Leningradi_Edasi_toimetus, lk 176
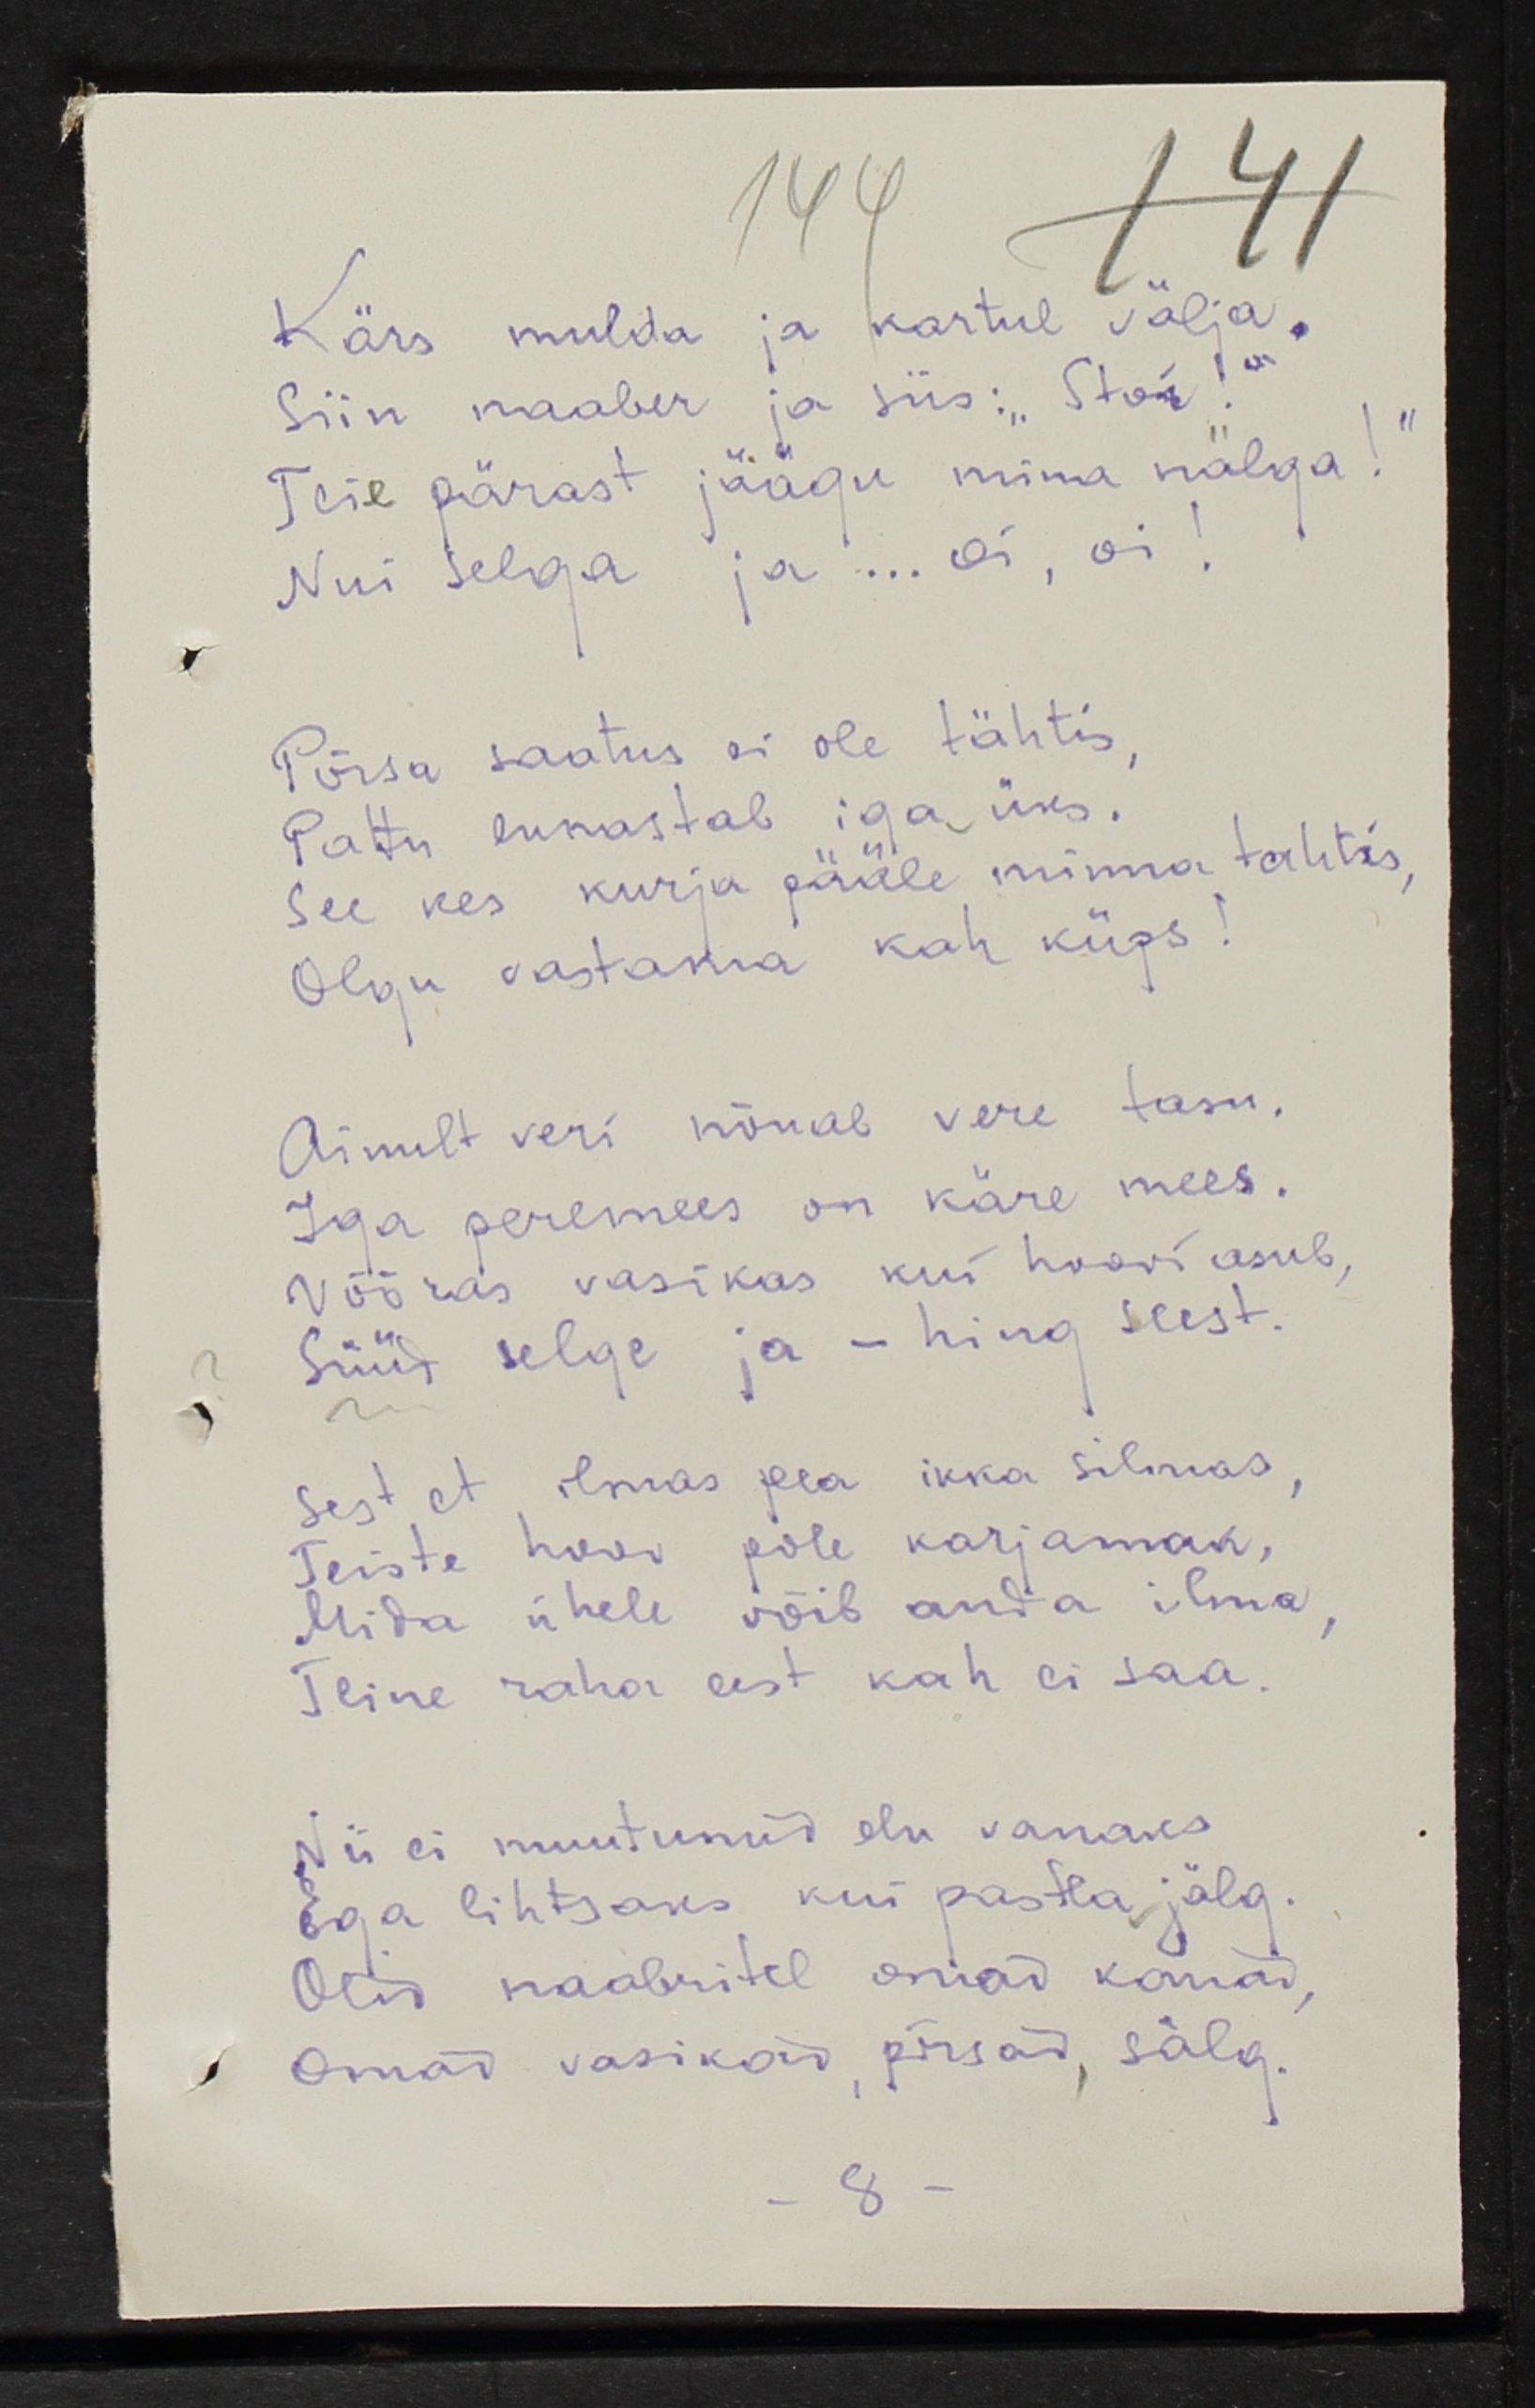
Kärs mulda ja kartul välja.
Siin naaber ja siis: "Stoi!"
Teie pärast jäägu mina nälga!
Nui selga ja ... oi, oi!
Põrsa saatus ei ole tähtis,
Pattu lunastab igaüks. 
See kes kurja peale minna tahtis,
Olgu vastama kah küps!
Ainult veri nõuab vere tasu.
Iga peremees on käre mees.
Võõras vasikas kui hoovi asub
Süüd selge ja - hing seest.
Sest et ilmas pea ikka silmas,
Teiste huvi pole karjamaa,
Mida ühele võid anda ilma,
Teine raha eest kah ei saa.
Nii ei muutunud elu vanaks
Ega lihtsaks kui pastlajälg.
Olid naabritel omad kanad, 
Omad vasikad, põrsad, sälg.